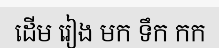
ដើម រៀង មក ទឹក កក